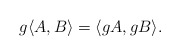
\begin{align*}g\langle A,B\rangle=\langle gA, gB\rangle.\end{align*}